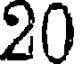
20